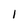
Character: 1